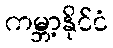
ကမ္ဘာ့နိုင်ငံ